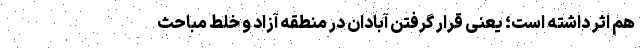
هم اثر داشته است؛ یعنی قرار گرفتن آبادان در منطقه آزاد و خلط مباحث